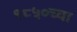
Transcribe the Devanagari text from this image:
१८५०च्या